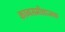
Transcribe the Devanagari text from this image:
काव्यसमीक्षात्मक